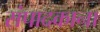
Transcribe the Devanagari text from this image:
संपादकाना